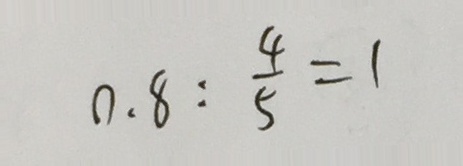
0 . 8 : \frac { 4 } { 5 } = 1